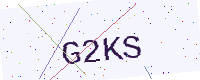
Text: G2KS